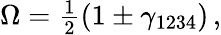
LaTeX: \Omega=\textstyle{\frac{1}{2}}(1\pm\gamma_{1234})\, ,